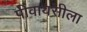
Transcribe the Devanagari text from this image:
पीवायसीला